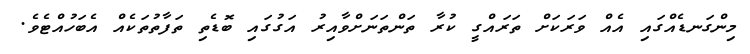
މިންގަނޑެއްގައި އެއް ވަރަކަށް ތަރައްގީ ކުރާ ތަންތަނަށްވާއިރު އަގުގައި ބޮޑެތި ތަފާތުތަކެއް އެބަހުއްޓެވެ.